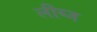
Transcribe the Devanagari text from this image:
लीब्ज